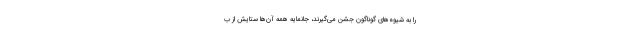
را به شیوه‌های گوناگون جشن می‌گیرند، جانمایه همه آن‌ها ستایش از ب